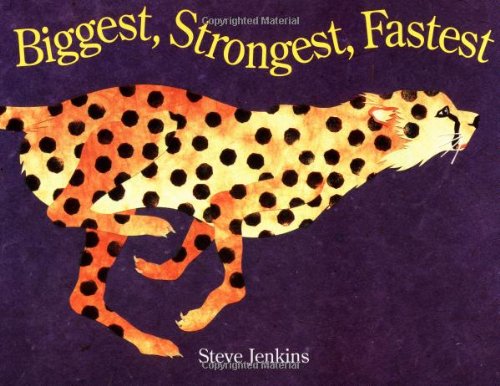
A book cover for Biggest, Strongest, Fastest; Steve Jenkins; Children's Books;